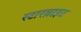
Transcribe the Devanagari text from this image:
स्टारब्राइट